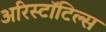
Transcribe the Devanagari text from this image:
अरिस्टॉटिल्स